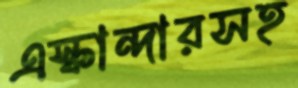
এস্কান্দারসহ